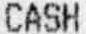
CASH